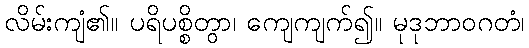
လိမ်းကျံ၏။ ပရိပစ္စိတွာ၊ ကျေကျက်၍။ မုဒုဘာဝဂတံ၊